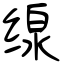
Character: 缐